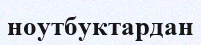
ноутбуктардан